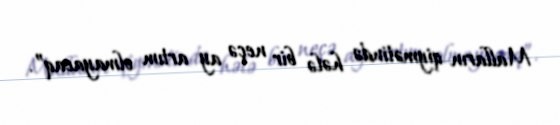
Malların qiymətində hələ bir neçə ay artım olmayacaq”.